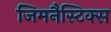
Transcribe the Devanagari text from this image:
जिमनैस्टिक्स